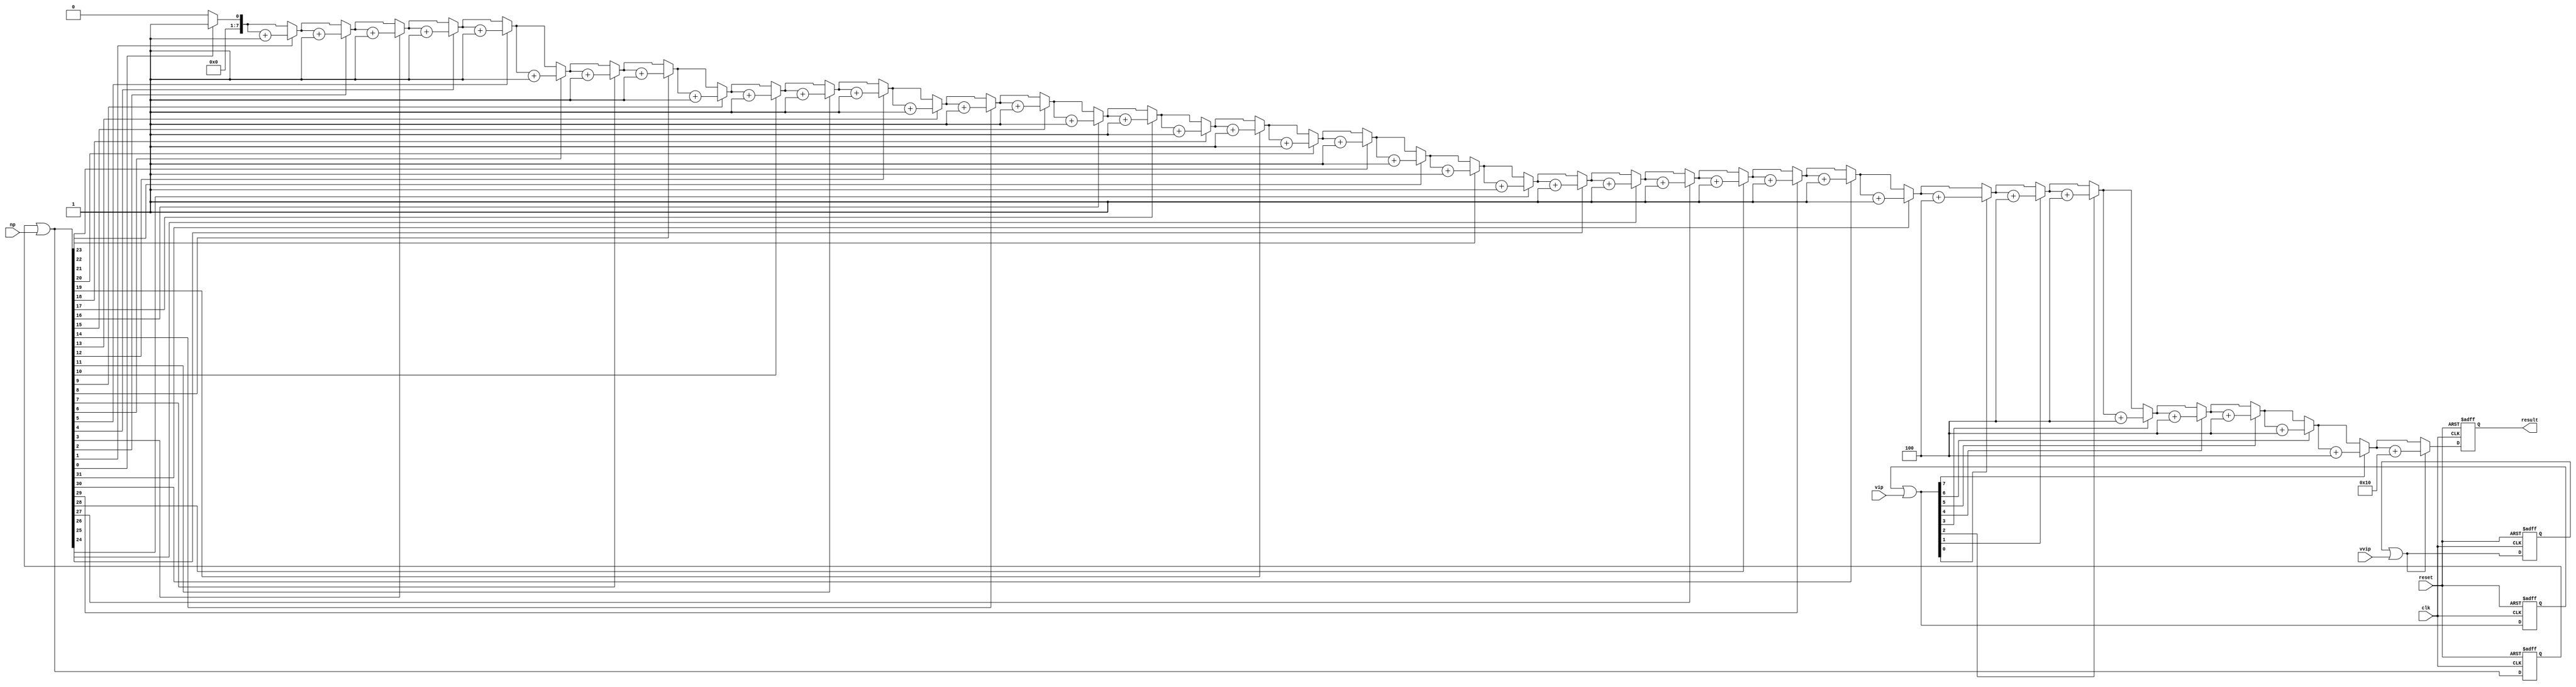
module VoterPlus (
    input clk,
    input reset,
    input [31:0] np,
    input [7:0] vip,
    input vvip,
    output [7:0] result
);
    reg [7:0] sum;
    
    reg [31:0] curnp;
    reg [7:0] curvip;
    reg curvvip;

    assign result = sum;

    integer i;
    always @(posedge clk, posedge reset) begin
        if(reset) begin
            curnp <= 0;
            curvip <= 0;
            curvvip <= 0;
            sum <= 0;
        end
        else begin
            sum = 0;
            curnp = curnp | np;
            curvip = curvip | vip;
            curvvip = curvvip | vvip;
            for(i = 0; i <= 31; i = i + 1) begin
                if(curnp[i]) 
                    sum = sum + 1; 
            end
            for(i = 0; i <= 7; i = i + 1) begin
                if(curvip[i]) 
                    sum = sum + 4; 
            end
            if(curvvip) sum = sum + 16;
        end
    end

endmodule